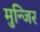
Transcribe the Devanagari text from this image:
मुन्जिर